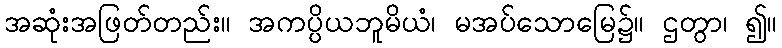
အဆုံးအဖြတ်တည်း။ အကပ္ပိယဘူမိယံ၊ မအပ်သောမြေ၌။ ဌတွာ၊ ၍။